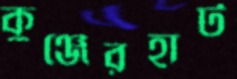
কুঞ্জেরহাট